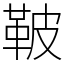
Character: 鞁